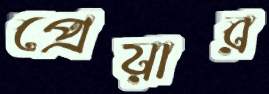
প্রেয়ার